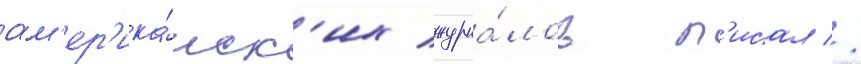
ам'ер'ика́нск'их журна́лов п'исал //